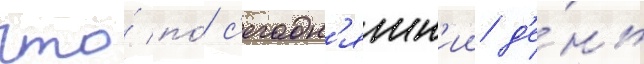
что́ по́ с'егодн'яшн'ии д'е́нь